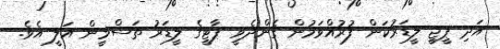
އަދި ޕީޖީ ލީޑަރުކަން ފުރުއްވަމުން ގެންދެވީ ޕާޓީގެ ލީޑަރު ތަސްމީން އަލީ އެވެ.